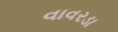
વાવરડા